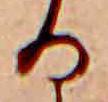
る